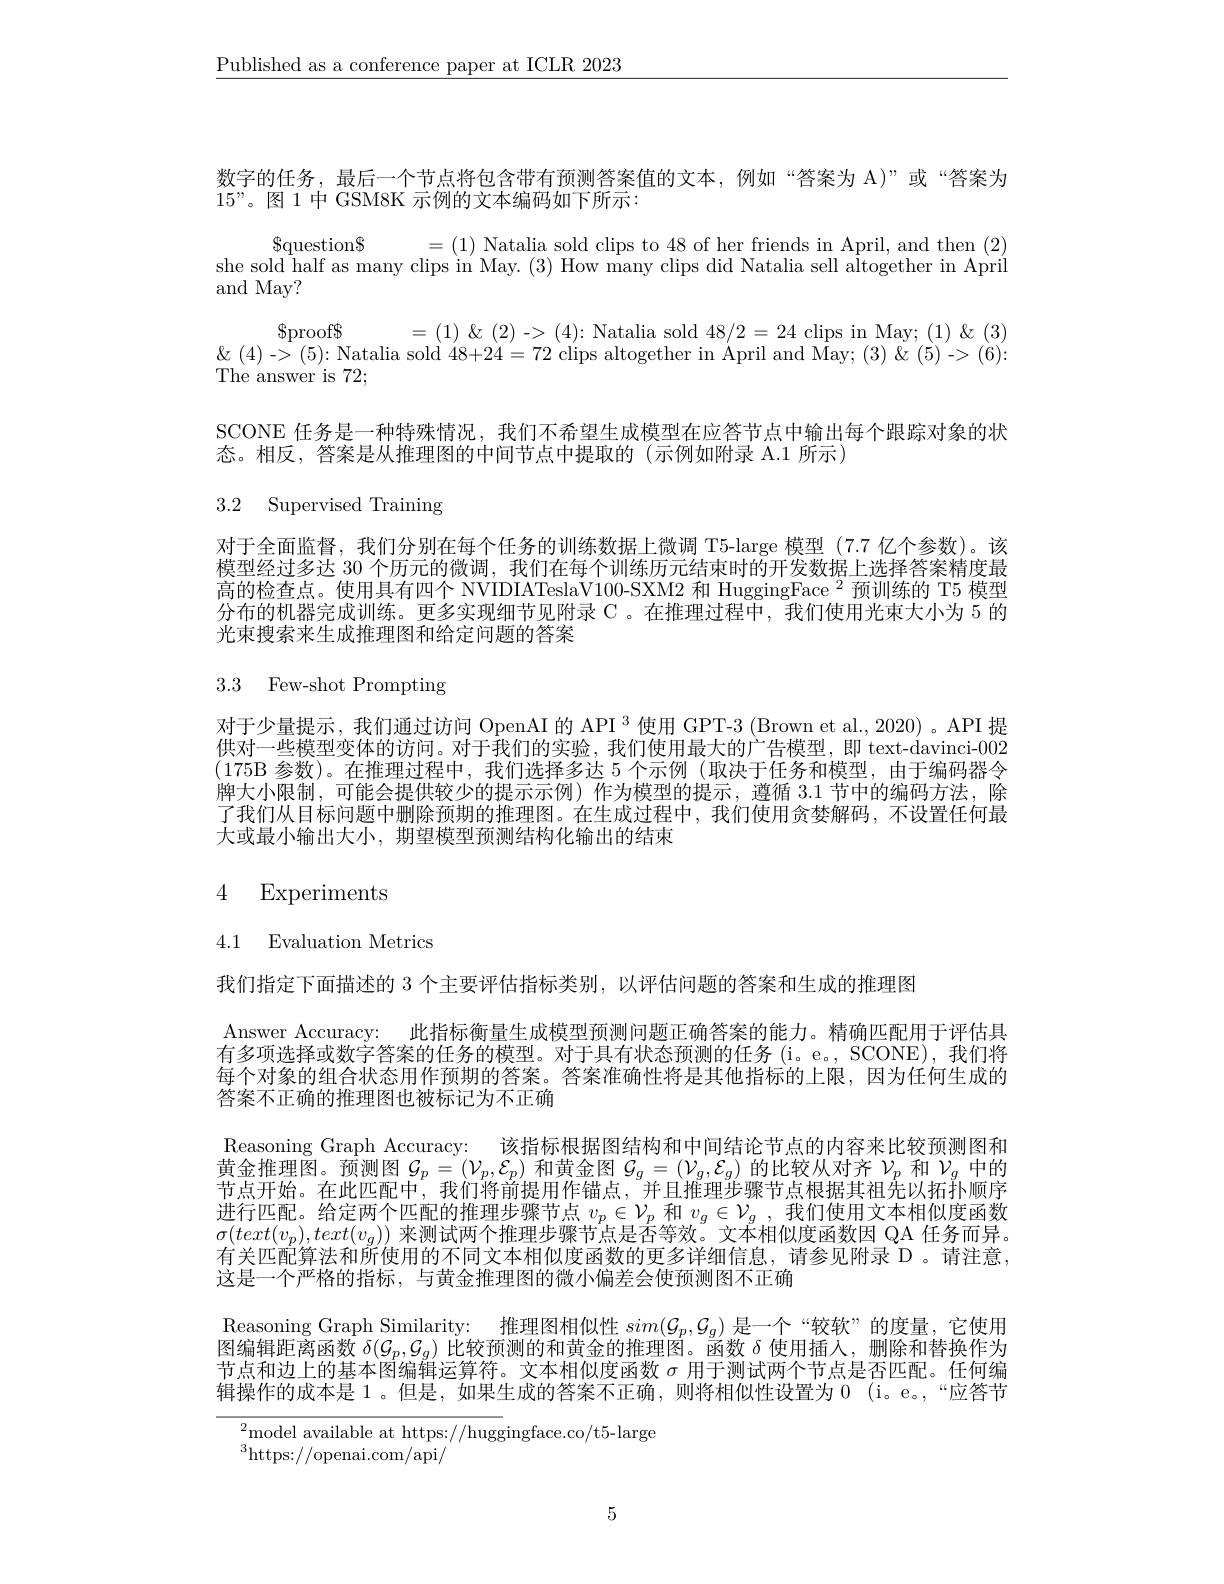
$\underline{\text{Published as a conference paper at ICLR 2023}}$

数字的任务，最后一个节点将包含带有预测答案值的文本，例如“答案为 A)”或“答案为
$15”$。图 1 中 GSM8K 示例的文本编码如下所示：

$\begin{array}{rl}{{\$\mathrm{proof$$}}}&{=(1)\&(2)->(4):\text{Natalia sold}48/2=24\text{ clips in May;(1)}\&(3)}\\{\&(4)->(5):\text{Natalia sold}48+24=72\text{ clips altogether in April and May; (3)}\&(5)->(6):}\end{array}$

${\$}$question$\$$
=(1) Natalia sold clips to 48 of her friends in April, and then (2)
she sold half as many clips in May. (3) How many clips did Natalia sell altogether in April
and May?
The answer is 72;
SCONE 任务是一种特殊情况，我们不希望生成模型在应答节点中输出每个跟踪对象的状
态。相反，答案是从推理图的中间节点中提取的(示例如附录 A.1 所示)

3.2 Supervised Training

对于全面监督，我们分别在每个任务的训练数据上微调 T5-large 模型 (7.7 亿个参数)。该模型经过多达 30 个历元的微调，我们在每个训练历元结束时的开发数据上选择答案精度最高的检查点。使用具有四个 NVIDIATeslaV100-SXM2 和 HuggingFace $^{2}$预训练的 T5 模型分布的机器完成训练。更多实现细节见附录 C 。在推理过程中，我们使用光束大小为 5 的光束搜索来生成推理图和给定问题的答案

3.3 Few-shot Prompting

对于少量提示，我们通过访问 OpenAI 的 API $^3$使用 GPT-3 (Brown et al., 2020) 。API 提供对一些模型变体的访问。对于我们的实验，我们使用最大的广告模型，即 text-davinci-002 (175B 参数)。在推理过程中，我们选择多达 5 个示例 (取决于任务和模型，由于编码器令牌大小限制，可能会提供较少的提示示例)作为模型的提示，遵循 3.1节中的编码方法，除了我们从目标问题中删除预期的推理图。在生成过程中，我们使用贪婪解码，不设置任何最大或最小输出大小，期望模型预测结构化输出的结束

# 4 Experiments

4.1 Evaluation Metrics

我们指定下面描述的 3 个主要评估指标类别，以评估问题的答案和生成的推理图

Answer Accuracy: 此指标衡量生成模型预测问题正确答案的能力。精确匹配用于评估具有多项选择或数字答案的任务的模型。对于具有状态预测的任务 (i。e., SCONE), 我们将每个对象的组合状态用作预期的答案。答案准确性将是其他指标的上限，因为任何生成的答案不正确的推理图也被标记为不正确
Reasoning Graph Accuracy: 该指标根据图结构和中间结论节点的内容来比较预测图和黄金推理图。预测图$\mathcal{G}_p=(\mathcal{V}_p,\mathcal{E}_p)$和黄金图$\mathcal{G}_g=(\mathcal{V}_g,\mathcal{E}_g)$的比较从对齐$\mathcal{V}_p$和$\mathcal{V}_g$中的节点开始。在此匹配中，我们将前提用作锚点，并且推理步骤节点根据其祖先以拓扑顺序进行匹配。给定两个匹配的推理步骤节点$v_p\in\mathcal{V}_p$和$v_g\in\mathcal{V}_g$,我们使用文本相似度函数$\sigma(text(v_p),text(v_g))$来测试两个推理步骤节点是否等效。文本相似度函数因 QA 任务而异。有关匹配算法和所使用的不同文本相似度函数的更多详细信息，请参见附录 D 。请注意， 这是一个严格的指标，与黄金推理图的微小偏差会便预测图不正确
Reasoning Graph Similarity: 推理图相似性 $sim(\mathcal{G}_p,\mathcal{G}_g)$ 是一个“较软”的度量，它使用图编辑距离函数$\delta(G_p,\mathcal{G}_g)$比较预测的和黄金的推理图。函数$\delta$使用插人，删除和替换作为节点和边上的基本图编辑运算符。文本相似度函数$\sigma$用于测试两个节点是否匹配。任何编

辑操作的成本是 1 。但是，如果生成的答案不正确 ,则将相似性设置为0 (i。e。,“应答节
${}_{2}$model available at https://huggingface.co/t5-large

$^{3}$https://openai.com/api/

5